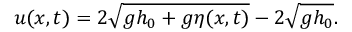
u ( x , t ) = 2 \sqrt { g h _ { 0 } + g \eta ( x , t ) } - 2 \sqrt { g h _ { 0 } } .